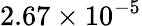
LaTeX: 2.67\times 10^{-5}